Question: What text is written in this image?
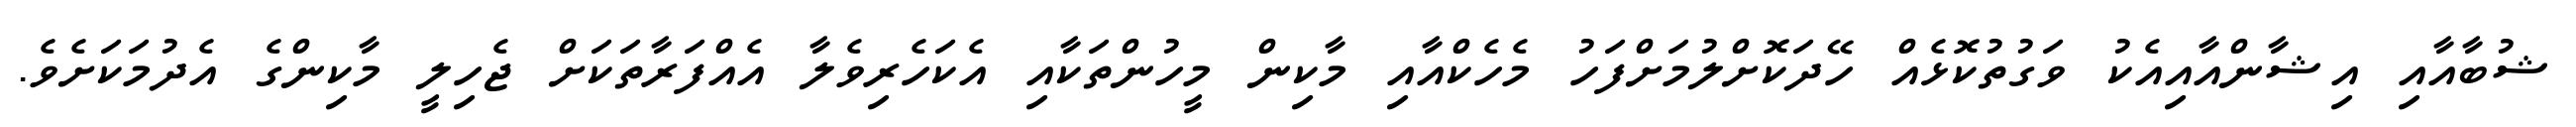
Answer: ޝުބާއާއި އިޝާންއާއިއެކު ވަގުތުކޮޅެއް ހޭދަކޮށްލުމަށްފަހު މެހެކްއާއި މާކިން މީހުންތަކާއި އެކަހެރިވެލާ އެއްފަރާތަކަށް ޖެހިލީ މާކިންގެ އެދުމަކަށެވެ.